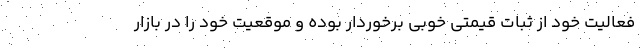
فعالیت خود از ثبات قیمتی خوبی برخوردار بوده و موقعیت خود را در بازار